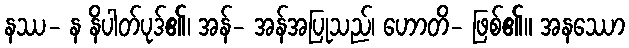
နဿ- န နိပါတ်ပုဒ်၏၊ အန်- အန်အပြုသည်၊ ဟောတိ- ဖြစ်၏။ အနဿော